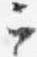
云